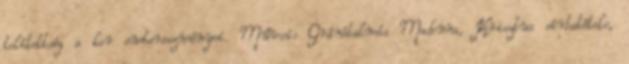
telítettség a kor embereszményei. Művei: Gránátalmás Madonna, Krisztus sírbatétele,